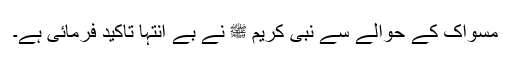
مسواک کے حوالے سے نبی کریم ﷺ نے بے انتہا تاکید فرمائی ہے۔